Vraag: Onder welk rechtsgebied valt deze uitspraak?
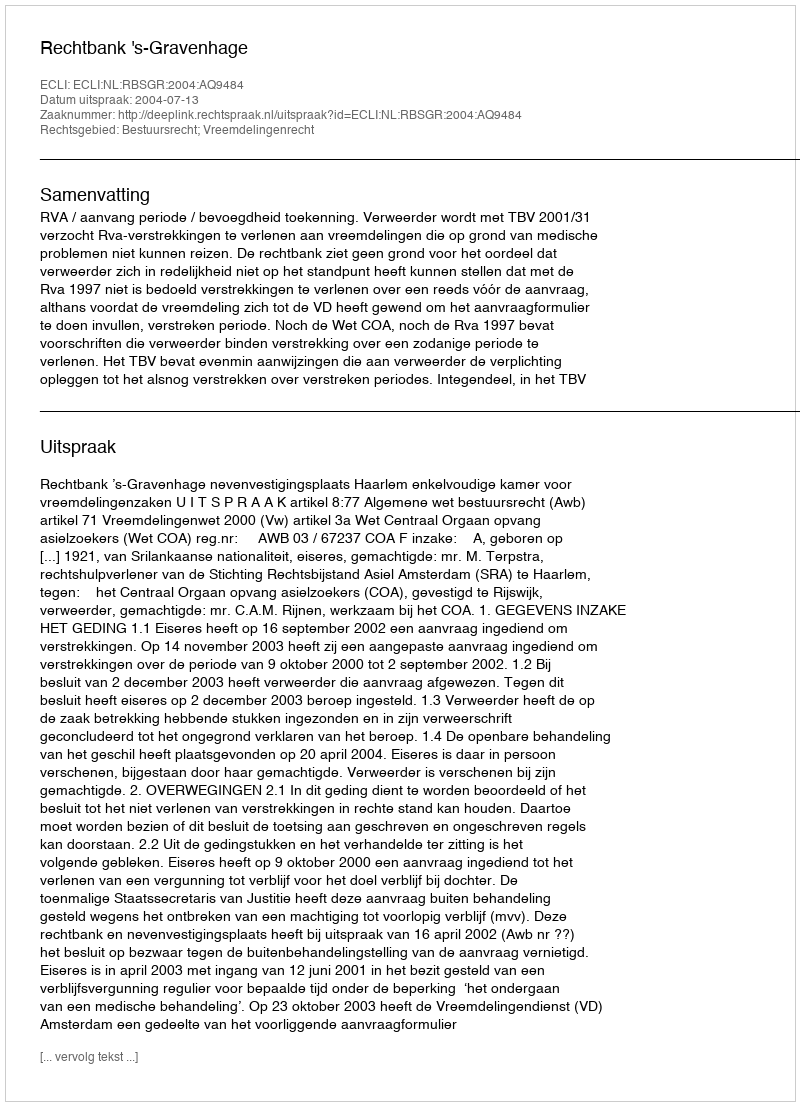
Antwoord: Bestuursrecht; Vreemdelingenrecht